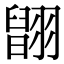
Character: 𦑹